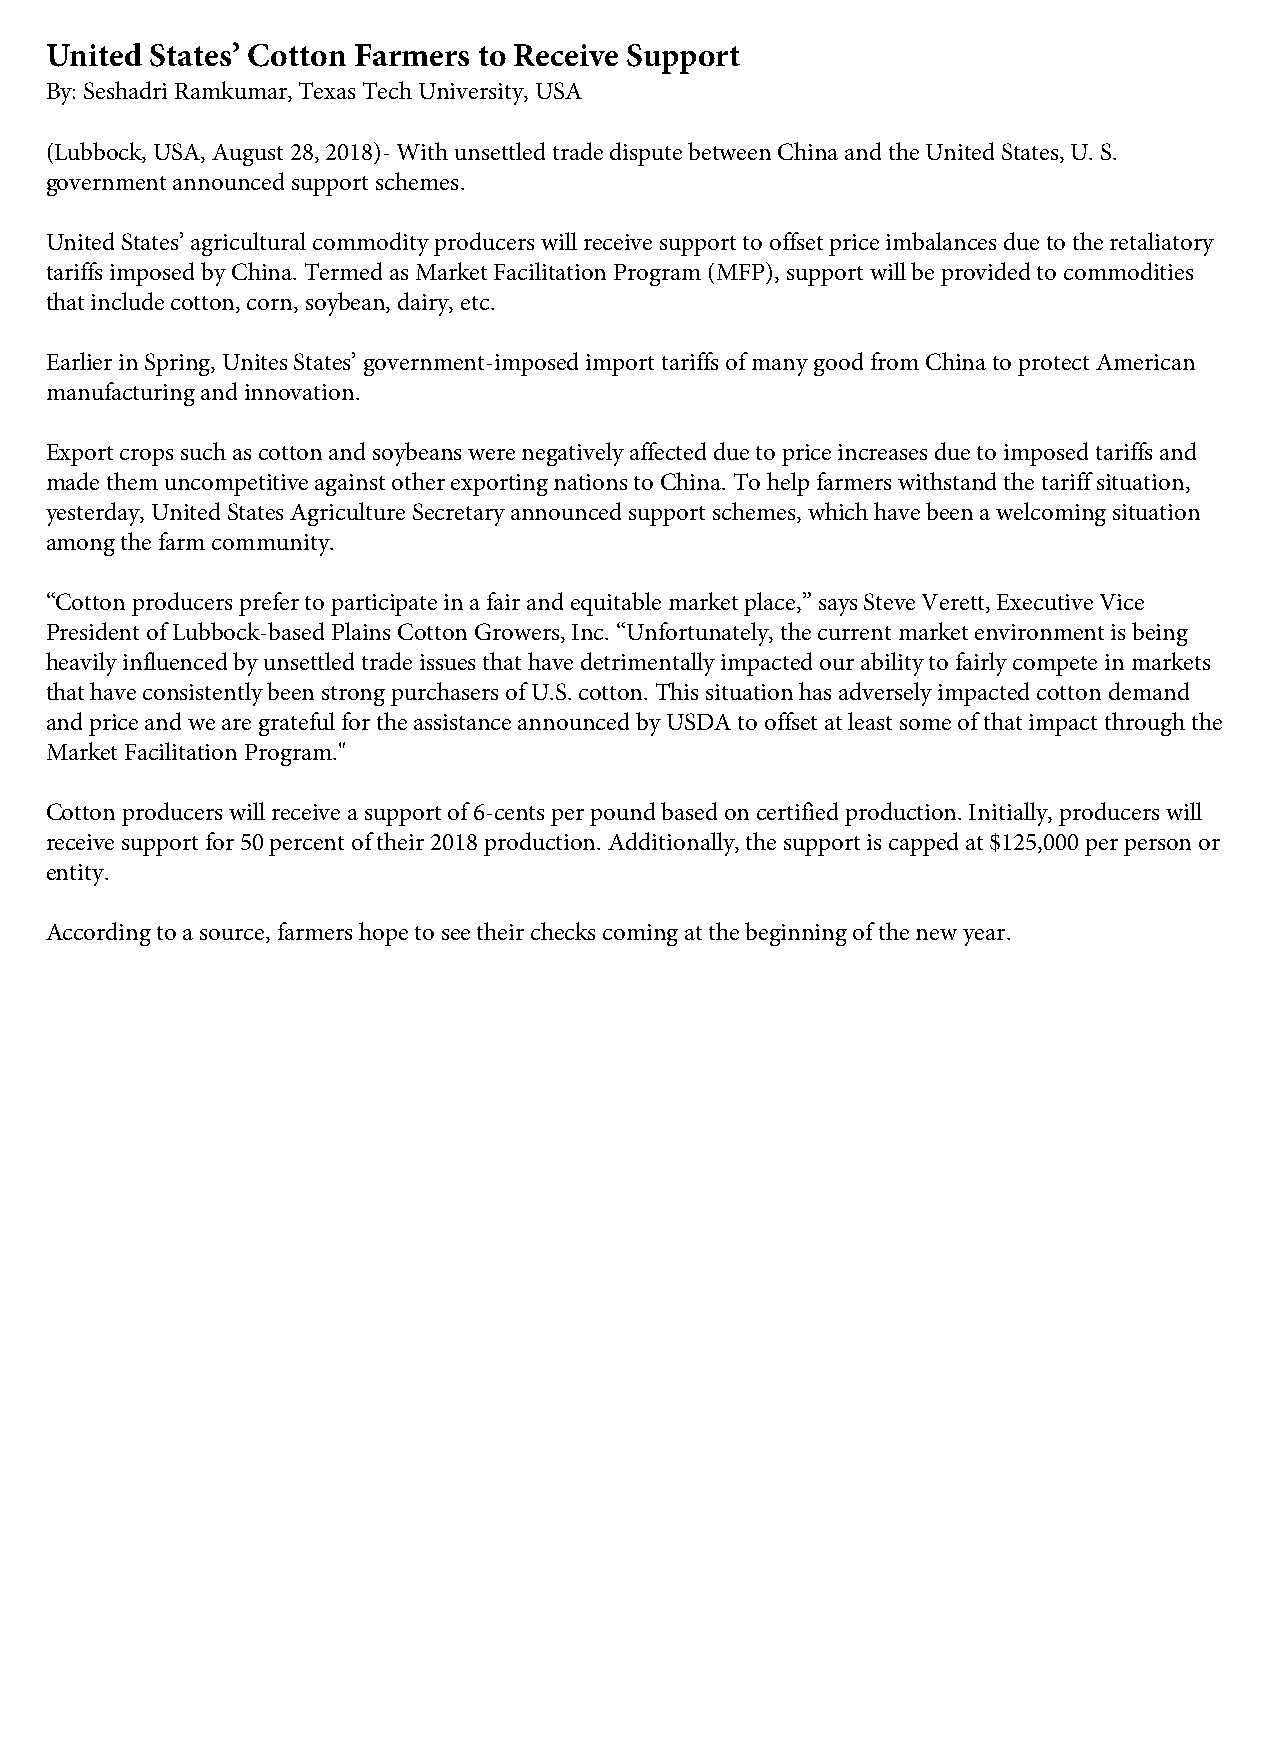
United States’ Cotton Farmers to Receive Support
 By: Seshadri Ramkumar, Texas Tech University, USA
 (Lubbock, USA, August 28, 2018)- With unsettled trade dispute between China and the United States, U. S.
 government announced support schemes.
 United States’ agricultural commodity producers will receive support to offset price imbalances due to the retaliatory
 tariffs imposed by China. Termed as Market Facilitation Program (MFP), support will be provided to commodities
 that include cotton, corn, soybean, dairy, etc.
 Earlier in Spring, Unites States’ government-imposed import tariffs of many good from China to protect American
 manufacturing and innovation.
 Export crops such as cotton and soybeans were negatively affected due to price increases due to imposed tariffs and
 made them uncompetitive against other exporting nations to China. To help farmers withstand the tariff situation,
 yesterday, United States Agriculture Secretary announced support schemes, which have been a welcoming situation
 among the farm community.
 “Cotton producers prefer to participate in a fair and equitable market place,” says Steve Verett, Executive Vice
 President of Lubbock-based Plains Cotton Growers, Inc. “Unfortunately, the current market environment is being
 heavily influenced by unsettled trade issues that have detrimentally impacted our ability to fairly compete in markets
 that have consistently been strong purchasers of U.S. cotton. This situation has adversely impacted cotton demand
 and price and we are grateful for the assistance announced by USDA to offset at least some of that impact through the
 Market Facilitation Program."
 Cotton producers will receive a support of 6-cents per pound based on certified production. Initially, producers will
 receive support for 50 percent of their 2018 production. Additionally, the support is capped at $125,000 per person or
 entity.
 According to a source, farmers hope to see their checks coming at the beginning of the new year.